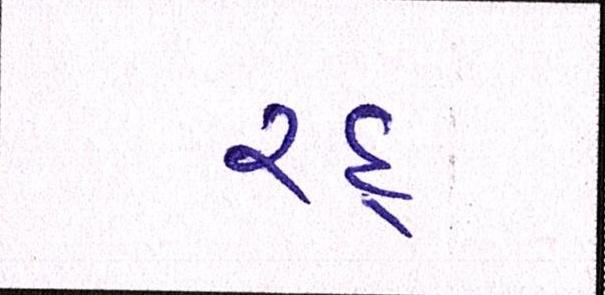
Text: રદ્